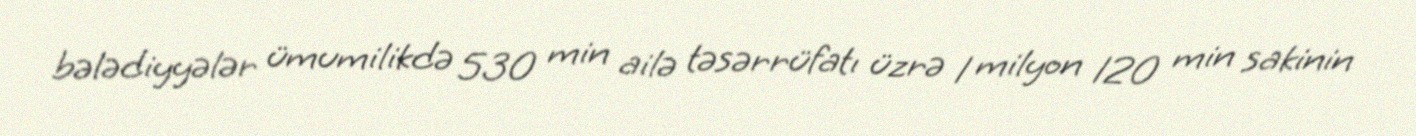
bələdiyyələr ümumilikdə 530 min ailə təsərrüfatı üzrə 1 milyon 120 min sakinin